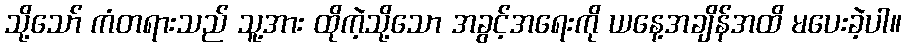
သို့သော် ကံတရားသည် သူ့အား ထိုကဲ့သို့သော အခွင့်အရေးကို ယနေ့အချိန်အထိ မပေးခဲ့ပါ။